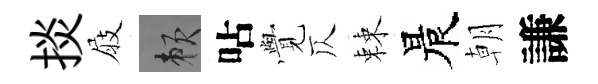
掞屐賴呫𮗜仄棘晨朝謙